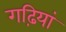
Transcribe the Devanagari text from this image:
गढ़ियां